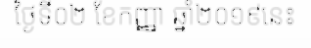
ថ្ងៃទី០២ ខែកញ្ញា ឆ្នាំ២០១៩នេះ